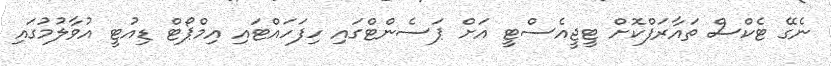
ނެގޭ ޓެކްސް ތައާރަފްކޮށް ޓީޖީއެސްޓީ އަށް ޕަސެންޓްގައި ހިފަހައްޓައި އިމްޕޯޓް ޑިއުޓީ އުވާލުމުގައި